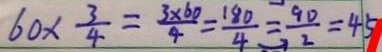
6 0 \times \frac { 3 } { 4 } = \frac { 3 \times 6 0 } { 4 } = \frac { 1 8 0 } { 4 } = \frac { 9 0 } { 2 } = 4 5